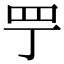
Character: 𦉬